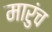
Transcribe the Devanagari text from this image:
मारुंच